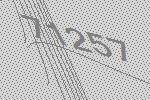
71257